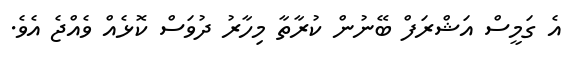
އެ ގަމީސް އަޝްރަފް ބޭނުން ކުރާތާ މިހާރު ދުވަސް ކޮޅެއް ވެއްޖެ އެވެ.